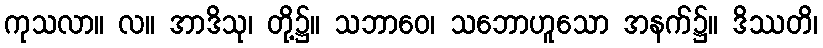
ကုသလာ။ လ။ အာဒိသု၊ တို့၌။ သဘာဝေ၊ သဘောဟူသော အနက်၌။ ဒိဿတိ၊